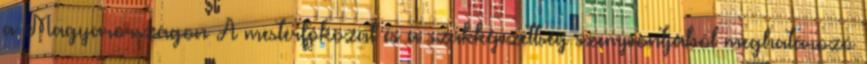
a Magyarországon A mesterfokozat és a szakképzettség szempontjából meghatározó